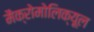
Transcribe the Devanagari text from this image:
मैक्रोमोलिक्यूल